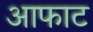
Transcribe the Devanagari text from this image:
आफाट